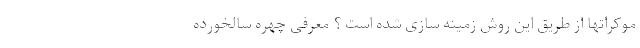
موکراتها از طریق این روش زمینه سازی شده است ؟ معرفی چهره سالخورده